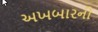
અખબારની